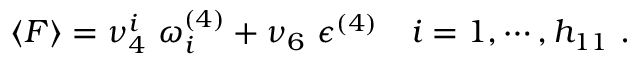
\langle F \rangle = \nu _ { 4 } ^ { i } \ \omega _ { i } ^ { ( 4 ) } + \nu _ { 6 } \ { \epsilon } ^ { ( 4 ) } \quad i = 1 , \cdots , h _ { 1 1 } \ .